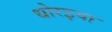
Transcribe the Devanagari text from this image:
धोरइया